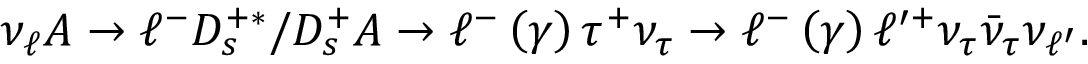
\nu _ { \ell } A \rightarrow \ell ^ { - } D _ { s } ^ { + \ast } / D _ { s } ^ { + } A \rightarrow \ell ^ { - } \left( \gamma \right) \tau ^ { + } \nu _ { \tau } \rightarrow \ell ^ { - } \left( \gamma \right) \ell ^ { \prime + } \nu _ { \tau } \bar { \nu } _ { \tau } \nu _ { \ell ^ { \prime } } .